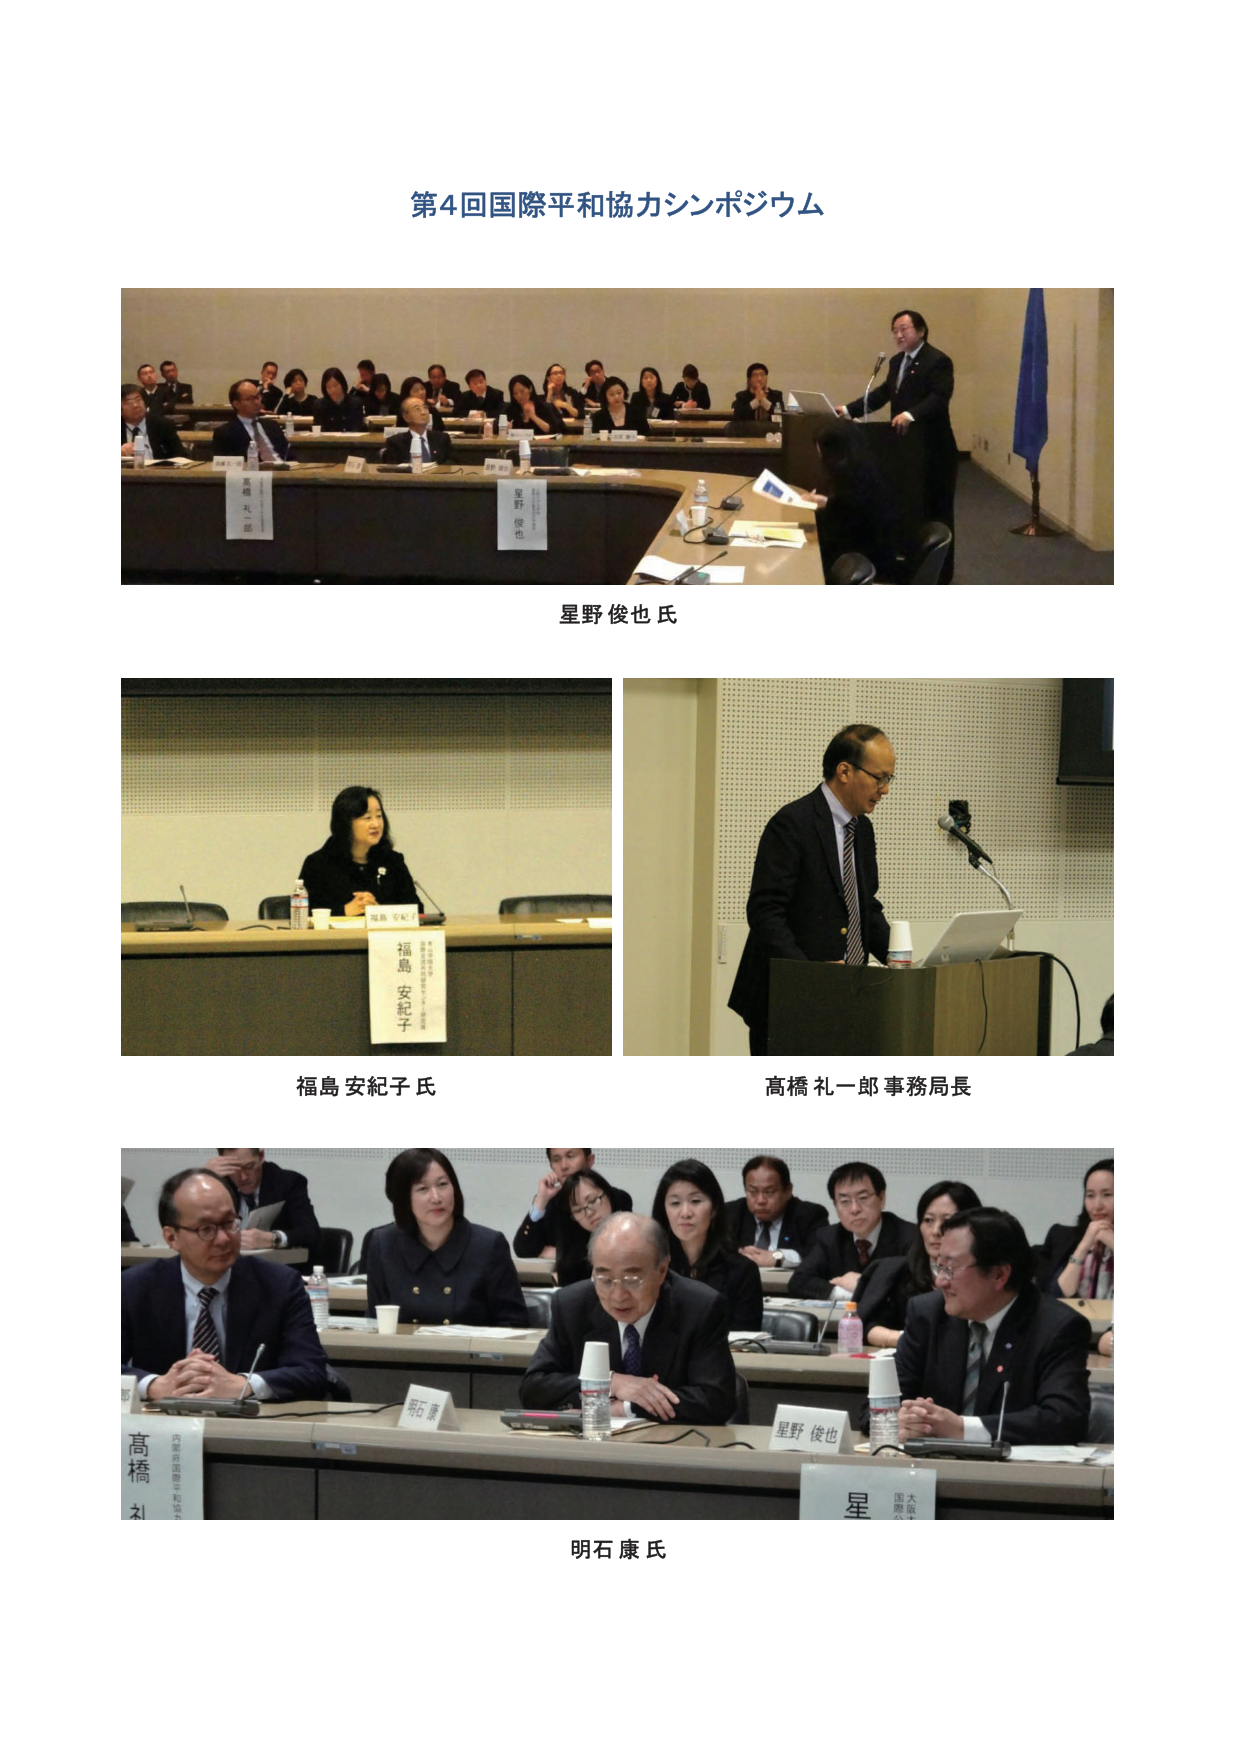
第4回国際平和協力シンポジウム

星野 俊也 氏

福島 安紀子 氏

高橋 礼一郎 事務局長

明石 康 氏

福島 安紀子
星野 俊也
高橋 礼一郎
明石 康
星野 俊也
星
大阪国際平和協力センター